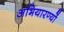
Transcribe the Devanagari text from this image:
अभियारण्यों